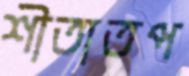
শীতাতপ